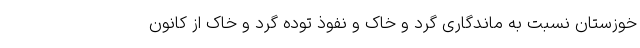
خوزستان نسبت به ماندگاری گرد و خاک و نفوذ توده گرد و خاک از کانون